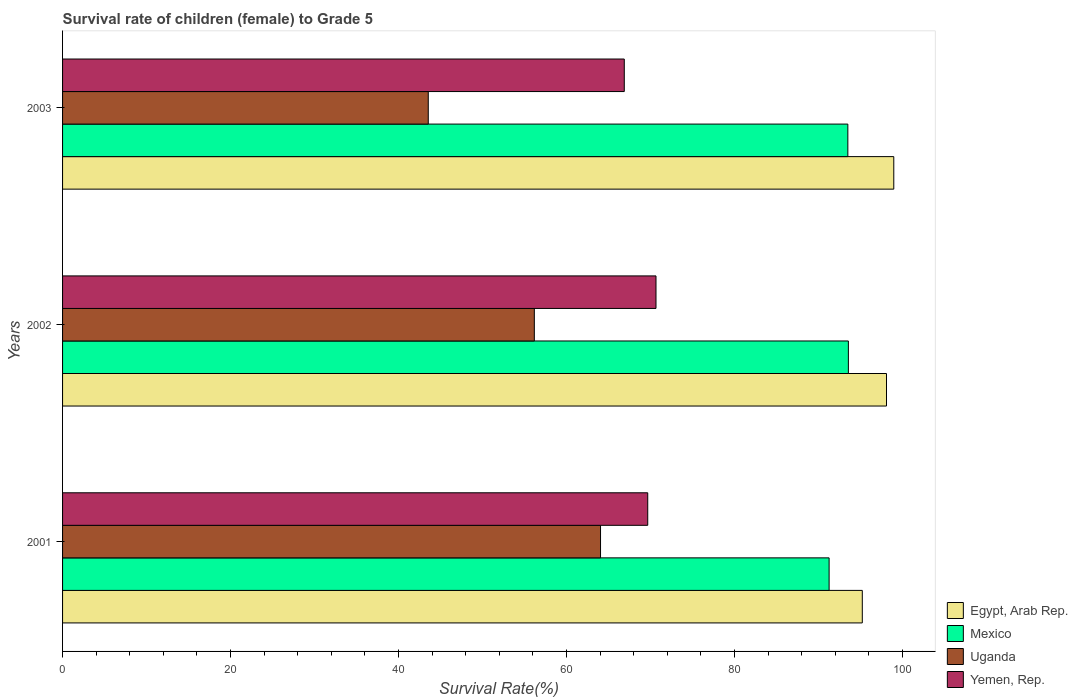
| Years | Egypt, Arab Rep. | Mexico | Uganda | Yemen, Rep. |
 | --- | --- | --- | --- | --- |
 | 2001 | 95.2 | 91.3 | 64.1 | 69.7 |
 | 2002 | 98.1 | 93.6 | 56.2 | 70.7 |
 | 2003 | 99 | 93.5 | 43.5 | 66.9 |